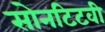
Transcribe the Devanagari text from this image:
सोनटिटवी